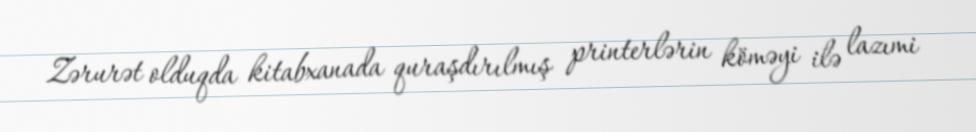
Zərurət olduqda kitabxanada quraşdırılmış printerlərin köməyi ilə lazımi